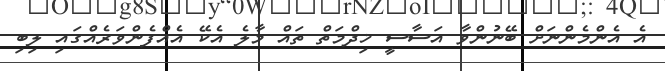
އެ އެންމެންނަށް ބޭނުންވާ އަސާސީ ޚިދްމަތް ތައް މާލެ އެކޭ އެއްފެންވަރެއްގައި ލިބި